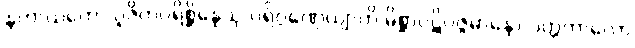
နဟာယတော ပူဇိတပရိစ္ဆိန္နေသု ပရိဂ္ဂဏှေယျာတိ မိစ္ဆာပဋိပဇ္ဇမာနော ပတ္တကာလော